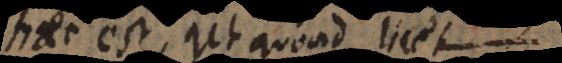
haec est, ut quoad lic